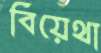
বিয়েথা